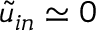
\tilde { u } _ { i n } \simeq 0